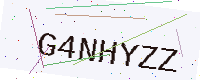
Text: G4NHYZZ